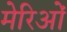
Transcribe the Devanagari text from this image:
मेरिओं